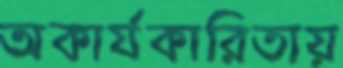
অকার্যকারিতায়